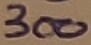
Text: 300